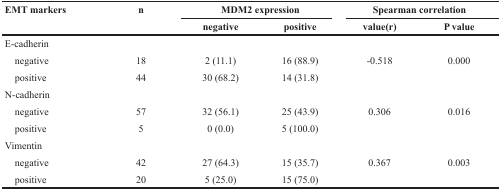
<table><thead><tr><td rowspan="2"><b>EMT markers</b></td><td rowspan="2"><b>n</b></td><td colspan="2"><b>MDM2 expression</b></td><td colspan="2"><b>Spearman correlation</b></td></tr><tr><td><b>negative</b></td><td><b>positive</b></td><td><b>value(r)</b></td><td><b>P value</b></td></tr></thead><tbody><tr><td>E-cadherin</td><td></td><td></td><td></td><td></td><td></td></tr><tr><td> negative</td><td>18</td><td>2 (11.1)</td><td>16 (88.9)</td><td>−0.518</td><td>0.000</td></tr><tr><td> positive</td><td>44</td><td>30 (68.2)</td><td>14 (31.8)</td><td></td><td></td></tr><tr><td>N-cadherin</td><td></td><td></td><td></td><td></td><td></td></tr><tr><td> negative</td><td>57</td><td>32 (56.1)</td><td>25 (43.9)</td><td>0.306</td><td>0.016</td></tr><tr><td> positive</td><td>5</td><td>0 (0.0)</td><td>5 (100.0)</td><td></td><td></td></tr><tr><td>Vimentin</td><td></td><td></td><td></td><td></td><td></td></tr><tr><td> negative</td><td>42</td><td>27 (64.3)</td><td>15 (35.7)</td><td>0.367</td><td>0.003</td></tr><tr><td> positive</td><td>20</td><td>5 (25.0)</td><td>15 (75.0)</td><td></td><td></td></tr></tbody></table>